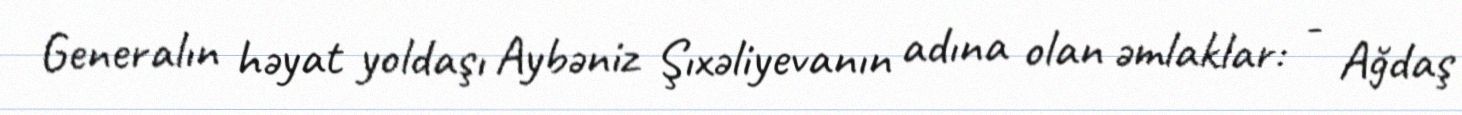
Generalın həyat yoldaşı Aybəniz Şıxəliyevanın adına olan əmlaklar: - Ağdaş